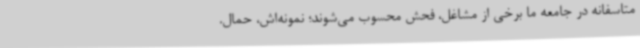
متاسفانه در جامعه ما برخی از مشاغل، فحش محسوب می‌شوند؛ نمونه‌اش، حمال.